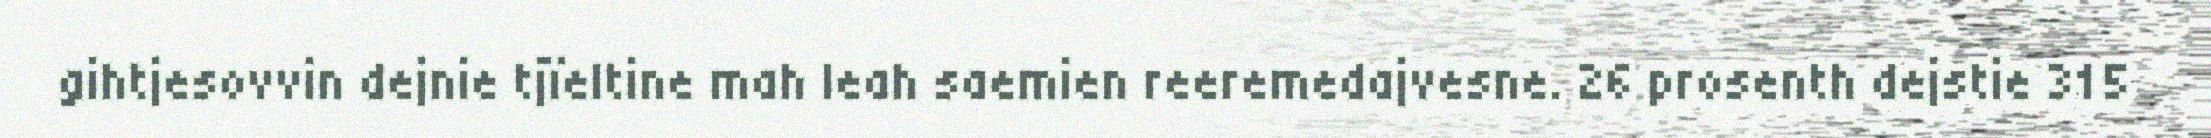
gihtjesovvin dejnie tjïeltine mah leah saemien reeremedajvesne. 26 prosenth dejstie 315